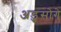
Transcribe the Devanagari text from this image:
अडुसोगे